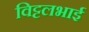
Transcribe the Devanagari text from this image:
विट्टलभाई